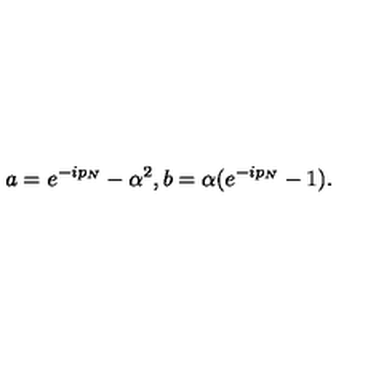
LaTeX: a = e ^ { - i p _ { N } } - \alpha ^ { 2 } , b = \alpha ( e ^ { - i p _ { N } } - 1 ) .